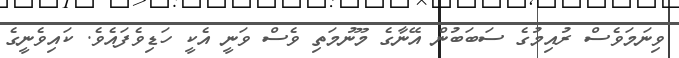
ވިނަމަވެސް ރުއިމުގެ ސަބަބުން އޭނާގެ މޫނުމަތި ވެސް ވަނީ އެކީ ހަޑިވެފައެވެ. ކައިވެނީގެ